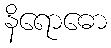
နိရောဓော